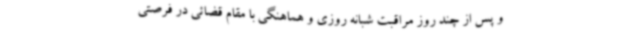
و پس از چند روز مراقبت شبانه روزی و هماهنگی با مقام قضائی در فرصتی